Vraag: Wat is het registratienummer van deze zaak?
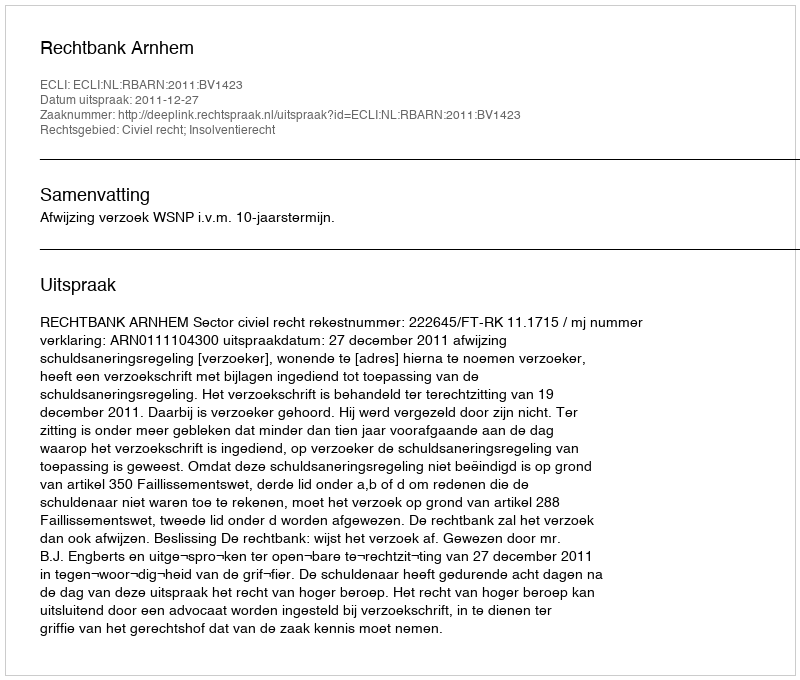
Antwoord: http://deeplink.rechtspraak.nl/uitspraak?id=ECLI:NL:RBARN:2011:BV1423